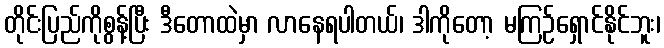
တိုင်းပြည်ကိုစွန့်ပြီး ဒီတောထဲမှာ လာနေရပါတယ်၊ ဒါကိုတော့ မကြဉ်ရှောင်နိုင်ဘူး၊